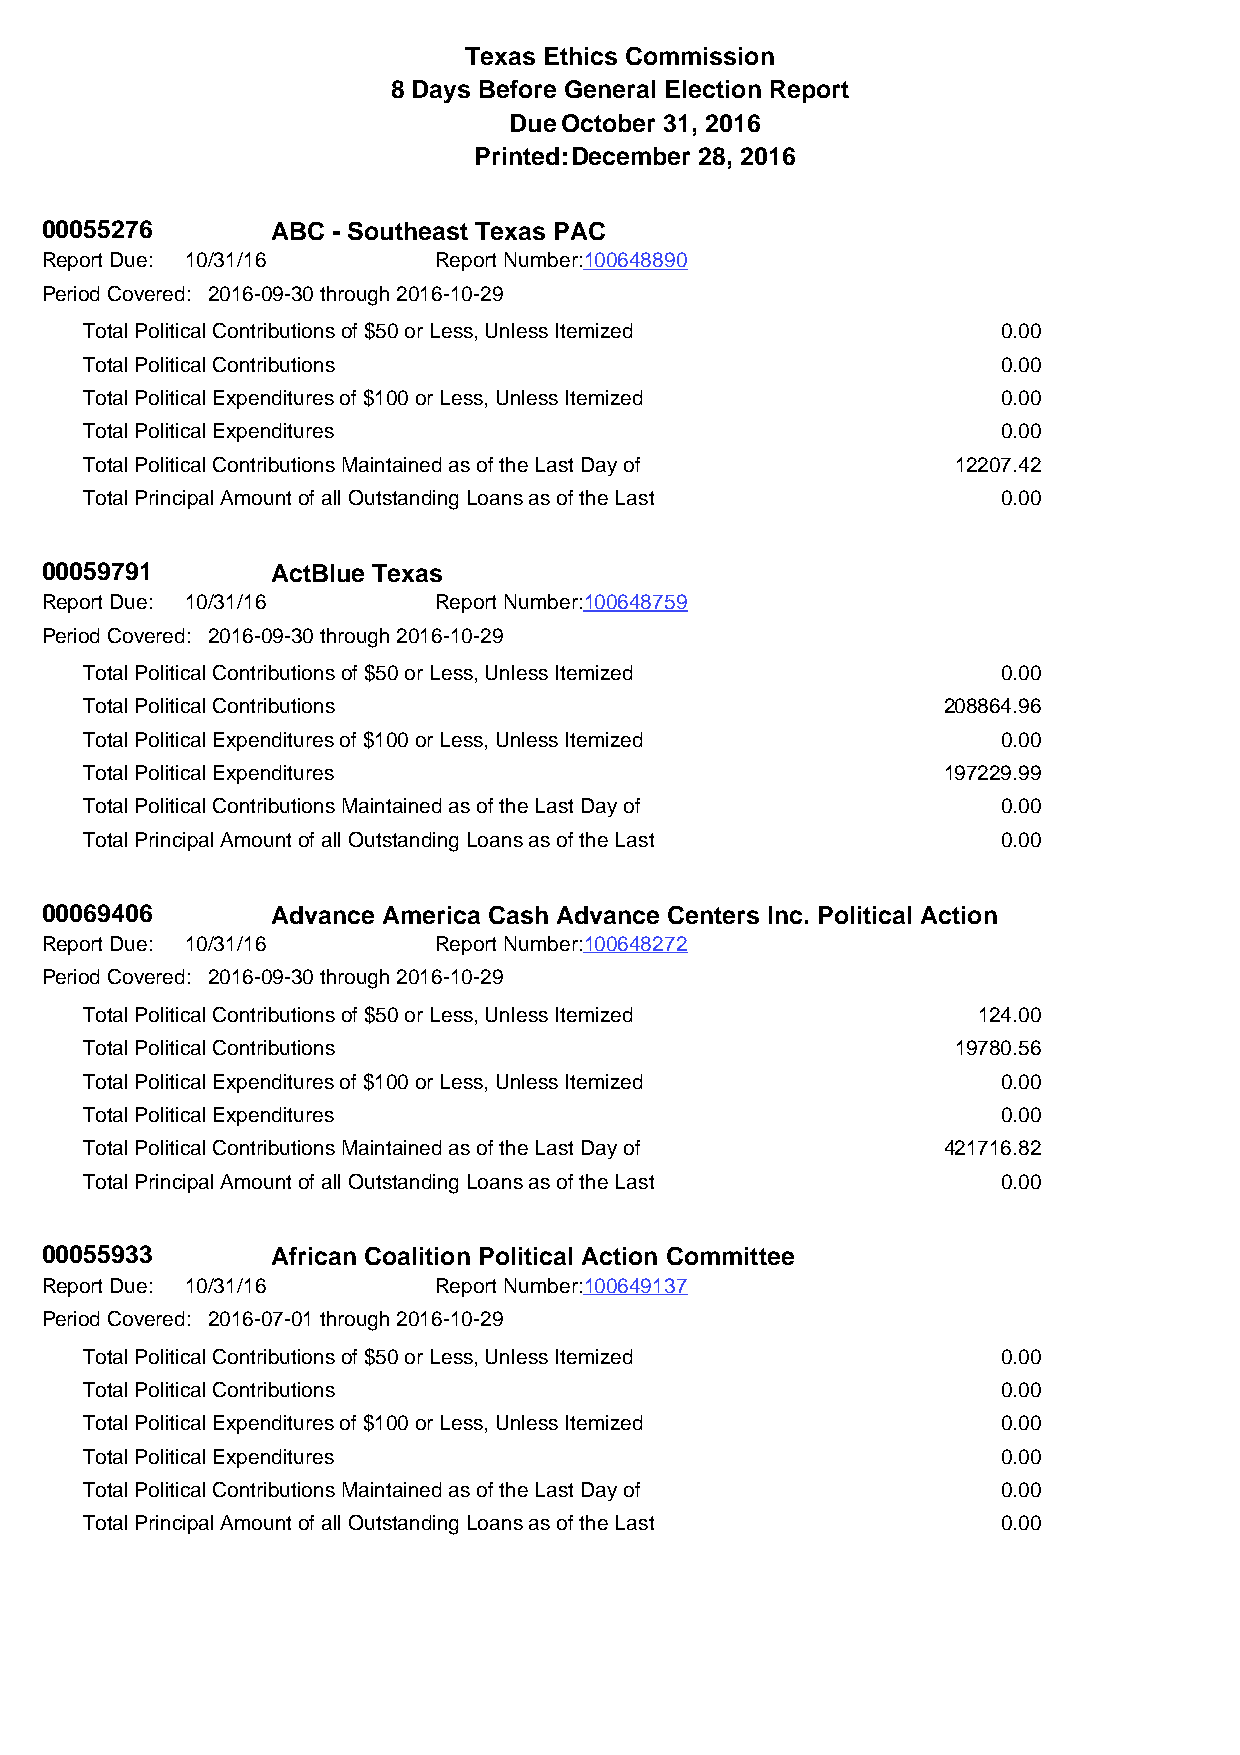
Texas Ethics Commission
 8 Days Before General Election Report
 DueOctober 31, 2016
 Printed:December 28, 2016
 00055276       ABC - Southeast Texas PAC
 Report Due: 10/31/16      Report Number:100648890
 Period Covered: 2016-09-30 through 2016-10-29
 Total Political Contributions of $50 or Less, Unless Itemized 0.00
 Total Political Contributions                               0.00
 Total Political Expenditures of $100 or Less, Unless Itemized 0.00
 Total Political Expenditures                                0.00
 Total Political Contributions Maintained as of the Last Day of 12207.42
 Total Principal Amount of all Outstanding Loans as of the Last 0.00
 00059791       ActBlue Texas
 Report Due: 10/31/16      Report Number:100648759
 Period Covered: 2016-09-30 through 2016-10-29
 Total Political Contributions of $50 or Less, Unless Itemized 0.00
 Total Political Contributions                           208864.96
 Total Political Expenditures of $100 or Less, Unless Itemized 0.00
 Total Political Expenditures                            197229.99
 Total Political Contributions Maintained as of the Last Day of 0.00
 Total Principal Amount of all Outstanding Loans as of the Last 0.00
 00069406       Advance America Cash Advance Centers Inc. Political Action
 Report Due: 10/31/16      Report Number:100648272
 Period Covered: 2016-09-30 through 2016-10-29
 Total Political Contributions of $50 or Less, Unless Itemized 124.00
 Total Political Contributions                            19780.56
 Total Political Expenditures of $100 or Less, Unless Itemized 0.00
 Total Political Expenditures                                0.00
 Total Political Contributions Maintained as of the Last Day of 421716.82
 Total Principal Amount of all Outstanding Loans as of the Last 0.00
 00055933       African Coalition Political Action Committee
 Report Due: 10/31/16      Report Number:100649137
 Period Covered: 2016-07-01 through 2016-10-29
 Total Political Contributions of $50 or Less, Unless Itemized 0.00
 Total Political Contributions                               0.00
 Total Political Expenditures of $100 or Less, Unless Itemized 0.00
 Total Political Expenditures                                0.00
 Total Political Contributions Maintained as of the Last Day of 0.00
 Total Principal Amount of all Outstanding Loans as of the Last 0.00